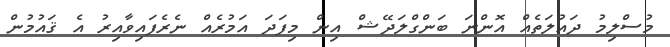
މުސްލިމު ދައުލަތެއް އޮންނަ ބަންގްލަދޭޝް އިން މިފަދަ އަމުރެއް ނެރެފައިވާއިރު އެ ޤައުމުން